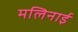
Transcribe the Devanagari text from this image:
मलिनाई